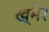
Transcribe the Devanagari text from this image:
ख्‌मेर